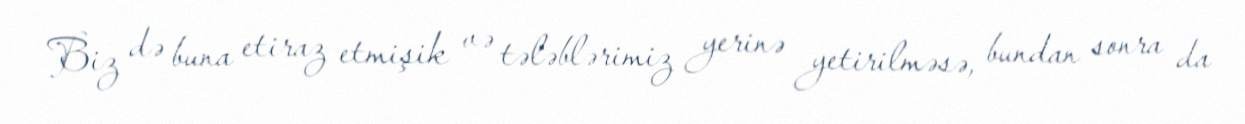
Biz də buna etiraz etmişik və tələblərimiz yerinə yetirilməsə, bundan sonra da